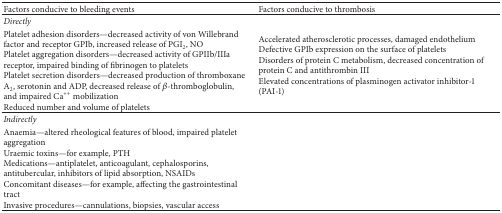
| Factors conducive to bleeding events | Factors conducive to thrombosis |
 | --- | --- |
 | Directly |  |
 | Platelet adhesion disorders—decreased activity of von Willebrand factor and receptor GPIb, increased release of PGI2, NOPlatelet aggregation disorders—decreased activity of GPIIb/IIIa receptor, impaired binding of fibrinogen to plateletsPlatelet secretion disorders—decreased production of thromboxane A2, serotonin and ADP, decreased release of β-thromboglobulin, and impaired Ca++ mobilizationReduced number and volume of platelets | Accelerated atherosclerotic processes, damaged endotheliumDefective GPIb expression on the surface of platelets Disorders of protein C metabolism, decreased concentration of protein C and antithrombin IIIElevated concentrations of plasminogen activator inhibitor-1 (PAI-1) |
 | Indirectly |  |
 | Anaemia—altered rheological features of blood, impaired platelet aggregationUraemic toxins—for example, PTHMedications—antiplatelet, anticoagulant, cephalosporins, antitubercular, inhibitors of lipid absorption, NSAIDsConcomitant diseases—for example, affecting the gastrointestinal tractInvasive procedures—cannulations, biopsies, vascular access |  |